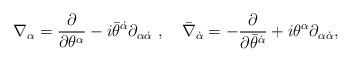
LaTeX: \begin{align*}\nabla_\alpha=\frac{\partial }{\partial \theta^\alpha}-i\bar \theta^{\dot{\alpha}}\partial _{\alpha{\dot{\alpha}}}\ ,\quad\bar \nabla_{\dot{\alpha}}=-\frac{\partial }{\partial \bar \theta^{\dot{\alpha}}}+i\theta^\alpha\partial _{\alpha{\dot{\alpha}}},\end{align*}